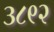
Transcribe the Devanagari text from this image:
३८९२